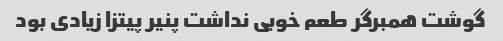
گوشت همبرگر طعم خوبی نداشت پنیر پیتزا زیادی بود